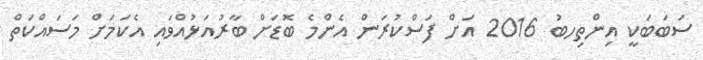
ސަބަބަކީ އިންތިހބު 2016 އަށް ފަސްކުރަން އެންމެ ބޮޑަށް ބާރުއަޅުއްވައި އެކަމަށް މަސައްކަތް